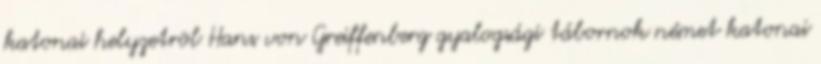
katonai helyzetrõl Hans von Greiffenberg gyalogsági tábornok német katonai